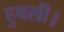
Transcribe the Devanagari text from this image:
हुबली।